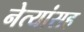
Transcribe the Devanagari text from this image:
नेत्यांसह